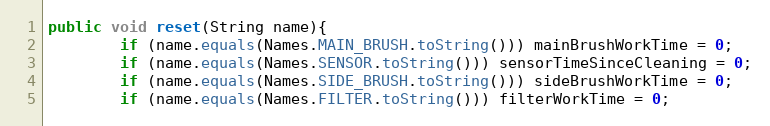
Language: Java
public void reset(String name){
        if (name.equals(Names.MAIN_BRUSH.toString())) mainBrushWorkTime = 0;
        if (name.equals(Names.SENSOR.toString())) sensorTimeSinceCleaning = 0;
        if (name.equals(Names.SIDE_BRUSH.toString())) sideBrushWorkTime = 0;
        if (name.equals(Names.FILTER.toString())) filterWorkTime = 0;